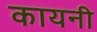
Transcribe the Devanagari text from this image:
कायनी